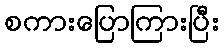
စကားပြောကြားပြီး